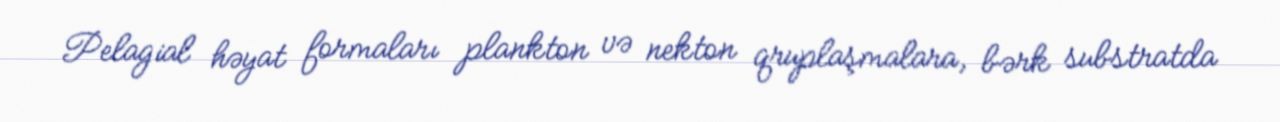
Pelagial həyat formaları plankton və nekton qruplaşmalara, bərk substratda